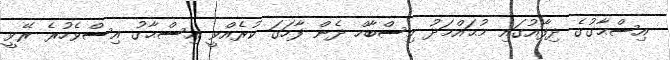
އިސްޙާގުގެ ދިފާއުގައި މުޙައްމަދު މިސްބާހް ދެން ފާހަގަ ކުރެއްވީ އިސްޙާގު އިސްވެހުރެ ރޭވީ